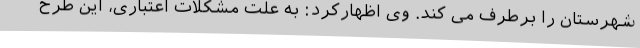
شهرستان را برطرف می کند. وی اظهارکرد: به علت مشکلات اعتباری، این طرح